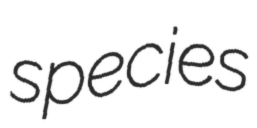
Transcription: species